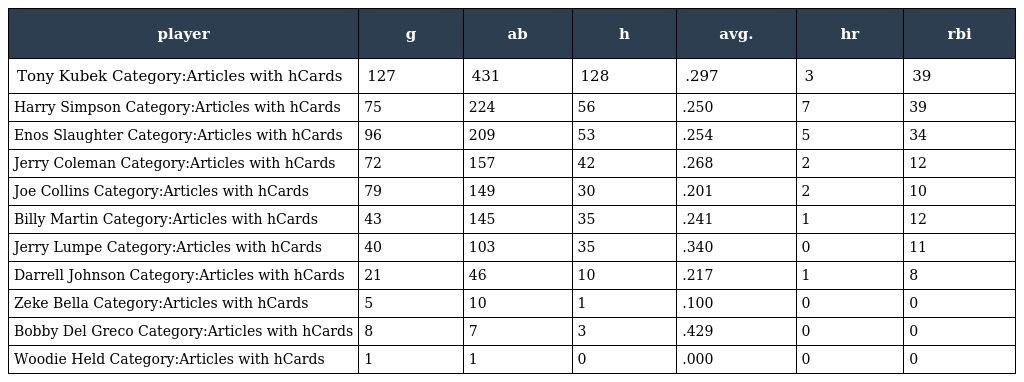
| player | g | ab | h | avg. | hr | rbi |
 | --- | --- | --- | --- | --- | --- | --- |
 | Tony Kubek Category:Articles with hCards | 127 | 431 | 128 | .297 | 3 | 39 |
 | Harry Simpson Category:Articles with hCards | 75 | 224 | 56 | .250 | 7 | 39 |
 | Enos Slaughter Category:Articles with hCards | 96 | 209 | 53 | .254 | 5 | 34 |
 | Jerry Coleman Category:Articles with hCards | 72 | 157 | 42 | .268 | 2 | 12 |
 | Joe Collins Category:Articles with hCards | 79 | 149 | 30 | .201 | 2 | 10 |
 | Billy Martin Category:Articles with hCards | 43 | 145 | 35 | .241 | 1 | 12 |
 | Jerry Lumpe Category:Articles with hCards | 40 | 103 | 35 | .340 | 0 | 11 |
 | Darrell Johnson Category:Articles with hCards | 21 | 46 | 10 | .217 | 1 | 8 |
 | Zeke Bella Category:Articles with hCards | 5 | 10 | 1 | .100 | 0 | 0 |
 | Bobby Del Greco Category:Articles with hCards | 8 | 7 | 3 | .429 | 0 | 0 |
 | Woodie Held Category:Articles with hCards | 1 | 1 | 0 | .000 | 0 | 0 |